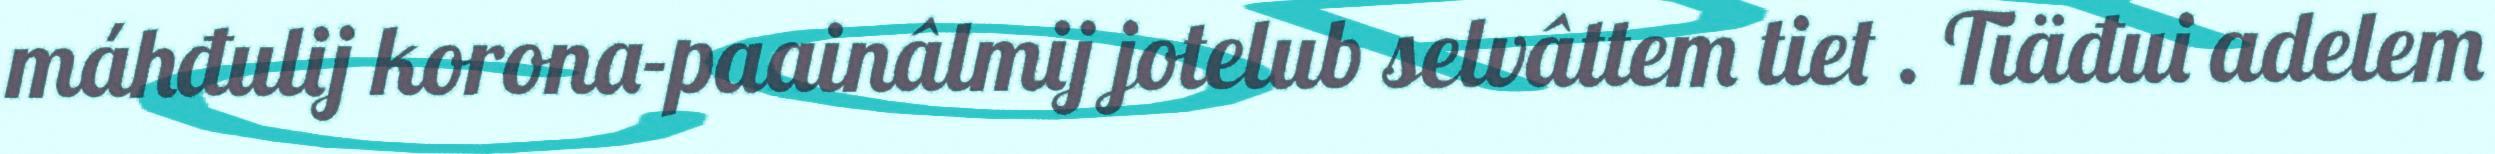
máhđulij korona-paainâlmij jotelub selvâttem tiet . Tiäđui adelem